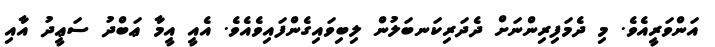
އަންވަރީއެވެ. މި ދެމަފިރިންނަށް ދެދަރިކަނބަލުން ލިބިވައިގެންފައިވެއެވެ. އެއީ އީމާ ޢަބްދު ސަޢީދު އާއި